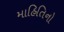
માહિતિનો